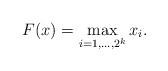
LaTeX: \begin{align*}F(x) = \max_{i=1,\ldots, 2^k} x_i.\end{align*}